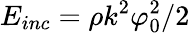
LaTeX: E_{inc}=\rho k^{2}\varphi_{0}^{2}/2